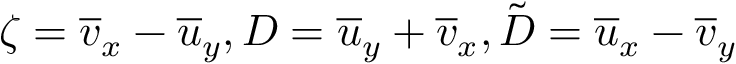
\zeta = { \overline { { v } } } _ { x } - { \overline { { u } } } _ { y } , D = { \overline { { u } } } _ { y } + { \overline { { v } } } _ { x } , \tilde { D } = { \overline { { u } } } _ { x } - { \overline { { v } } } _ { y }